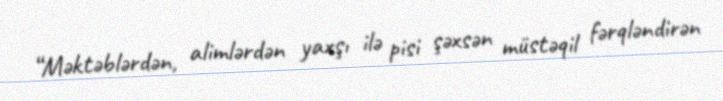
“Məktəblərdən, alimlərdən yaxşı ilə pisi şəxsən müstəqil fərqləndirən